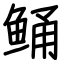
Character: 鲬